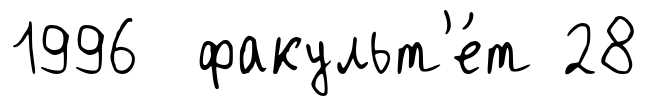
1996 факульт'е́т 28